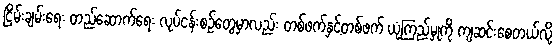
ငြိမ်းချမ်းရေး တည်ဆောက်ရေး လုပ်ငန်းစဉ်တွေမှာလည်း တစ်ဖက်နှင့်တစ်ဖက် ယုံကြည်မှုကို ကျဆင်းစေတယ်လို့